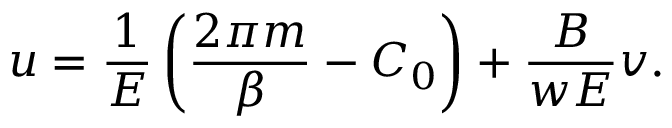
u = \frac { 1 } { { \cal E } } \left( \frac { 2 \pi m } { \beta } - C _ { 0 } \right) + \frac { B } { w { \cal E } } v .